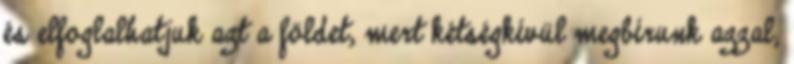
és elfoglalhatjuk azt a földet, mert kétségkívül megbírunk azzal;